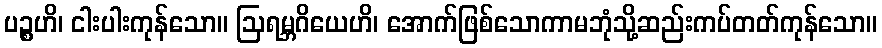
ပဉ္စဟိ၊ ငါးပါးကုန်သော။ ဩရမ္ဘဂိယေဟိ၊ အောက်ဖြစ်သောကာမဘုံသို့ဆည်းကပ်တတ်ကုန်သော။